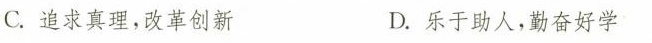
C.追求真理，改革创新 D.乐于助人，勤奋好学